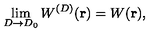
\lim _ { { D } \rightarrow { D _ { 0 } } } W ^ { ( { D } ) } ( { \bf r } ) = W ( { \bf r } ) ,